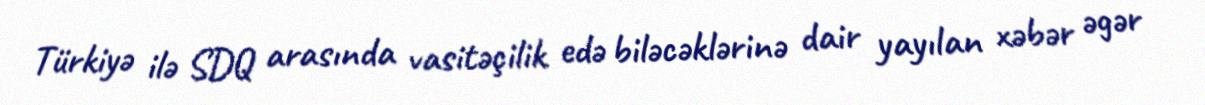
Türkiyə ilə SDQ arasında vasitəçilik edə biləcəklərinə dair yayılan xəbər əgər